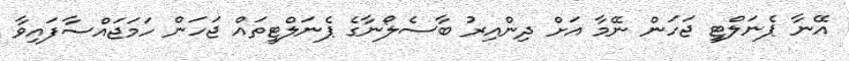
އޭނާ ޕެނަލްޓީ ޖަހަން ނޭމާ އަށް ދިންއިރު ބާސެލޯނާގެ ޕެނަލްޓީތައް ޖަހަން ހަމަޖައްސާފައިވާ